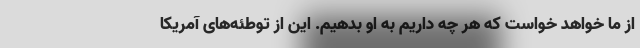
از ما خواهد خواست که هر چه داریم به او بدهیم. این از توطئه‌های آمریکا